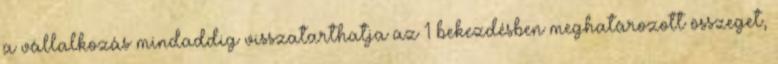
a vállalkozás mindaddig visszatarthatja az 1 bekezdésben meghatározott összeget,